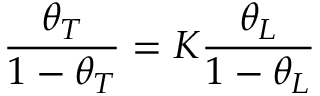
\frac { \theta _ { T } } { 1 - \theta _ { T } } = K \frac { \theta _ { L } } { 1 - \theta _ { L } }